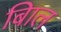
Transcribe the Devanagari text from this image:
बािल